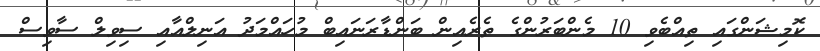
ކޮމިޝަންގައި ތިއްބެވި 10 މެންބަރުންގެ ތެރެއިން ބަންޑާރަނައިބް މުހައްމަދު އަނިލްއާއި ސިވިލް ސާވިސް